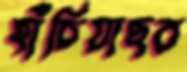
হাঁচিয়াছর